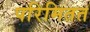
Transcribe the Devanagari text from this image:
परिमितत